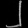
Digit: ၂